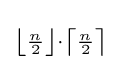
\scriptstyle \left\lfloor {\frac {n}{2}}\right\rfloor \cdot \left\lceil {\frac {n}{2}}\right\rceil